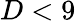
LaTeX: D<9